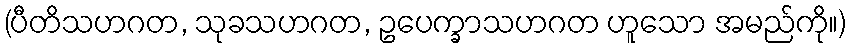
(ပီတိသဟဂတ, သုခသဟဂတ, ဥပေက္ခာသဟဂတ ဟူသော အမည်ကို။)